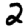
Digit: 2